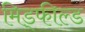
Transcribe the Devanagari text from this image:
मिड्फील्ड